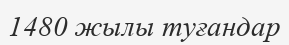
1480 жылы туғандар